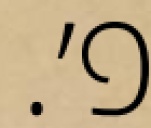
פ׳.